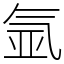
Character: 氩